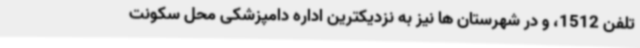
تلفن 1512، و در شهرستان ها نیز به نزدیکترین اداره دامپزشکی محل سکونت